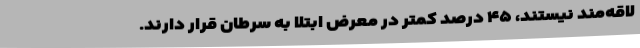
لاقه‌مند نیستند، ۴۵ درصد کمتر در معرض ابتلا به سرطان قرار دارند.